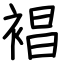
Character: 裮